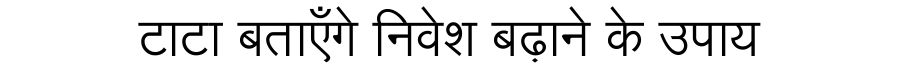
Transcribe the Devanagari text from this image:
टाटा बताएँगे निवेश बढ़ाने के उपाय